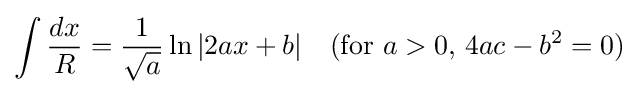
\int {\frac {dx}{R}}={\frac {1}{\sqrt {a}}}\ln |2ax+b|\quad {\mbox{(for }}a>0{\mbox{, }}4ac-b^{2}=0{\mbox{)}}